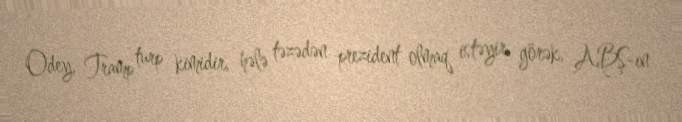
Odey, Tramp turp kimidir, hələ təzədən prezident olmaq istəyir, görək, ABŞ-ın